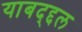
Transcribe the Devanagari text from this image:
याबद्द्दल